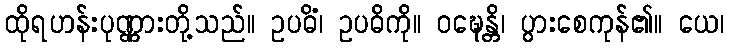
ထိုရဟန်းပုဏ္ဏားတို့သည်။ ဥပဓိံ၊ ဥပဓိကို။ ဝဍ္ဎေန္တိ၊ ပွားစေကုန်၏။ ယေ၊